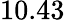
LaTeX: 10.43